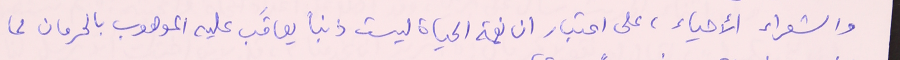
والشعراء الأحياء، على اعتبار ان نعمة الحياة ليست ذنباً يعاقَب عليه الموهوب بالحرمان مما